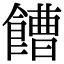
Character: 𩞄